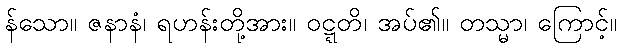
န်သော။ ဇနာနံ၊ ရဟန်းတို့အား။ ဝဋ္ဋတိ၊ အပ်၏။ တသ္မာ၊ ကြောင့်။